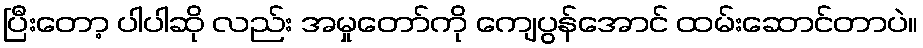
ပြီးတော့ ပါပါဆို လည်း အမှုတော်ကို ကျေပွန်အောင် ထမ်းဆောင်တာပဲ။